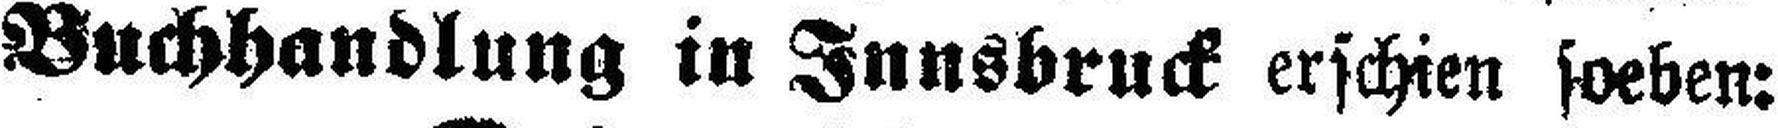
Buchhandlung in Innsbruck erschien soeben: